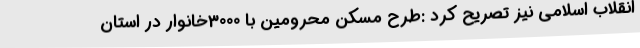
انقلاب اسلامی نیز تصریح کرد :طرح مسکن محرومین با 3000خانوار در استان